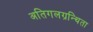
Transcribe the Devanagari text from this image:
अतिगलग्रन्थिता